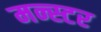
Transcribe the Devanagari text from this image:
मन्स्टर